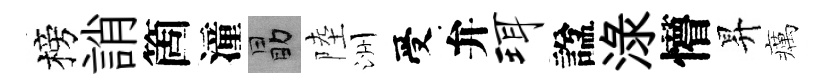
榜誚箇潼勗陸洲受弁珥諡渌懵昇癘